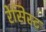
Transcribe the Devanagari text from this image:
रेसिस्ट